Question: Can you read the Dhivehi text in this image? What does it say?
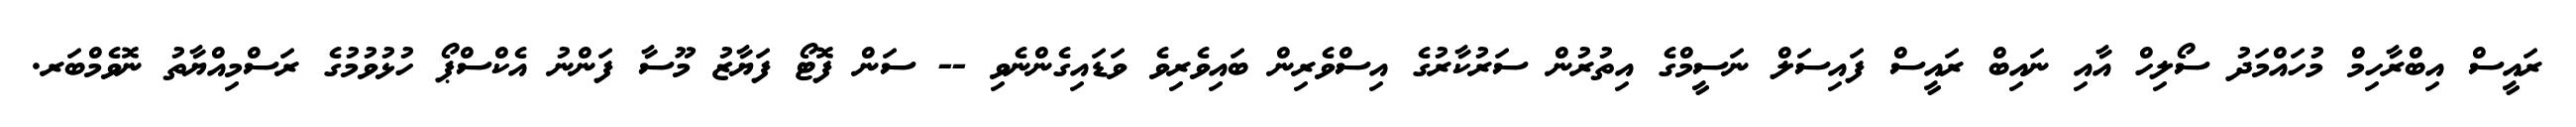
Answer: ރައީސް އިބްރާހިމް މުހައްމަދު ސޯލިހް އާއި ނައިބް ރައީސް ފައިސަލް ނަސީމްގެ އިތުރުން ސަރުކާރުގެ އިސްވެރިން ބައިވެރިވެ ވަޑައިގެންނެވި -- ސަން ފޮޓޯ ފަޔާޒު މޫސާ ފަންނު އެކްސްޕޯ ހުޅުވުމުގެ ރަސްމިއްޔާތު ނޮވެމްބަރ.